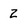
Character: 2